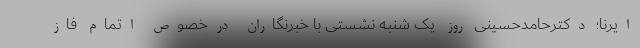
ایرنا؛ دکترحامدحسینی روز یک شنبه نشستی با خبرنگاران درخصوص اتمام فاز